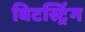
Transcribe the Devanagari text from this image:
बिटस्ट्रिंग